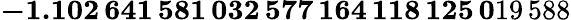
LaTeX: \mathbf{-1.102\, 641\, 581\, 032\, 577\, 164\, 118\, 125\, 0}19\, 588